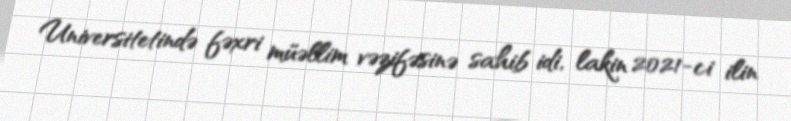
Universitetində fəxri müəllim vəzifəsinə sahib idi, lakin 2021-ci ilin